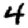
Digit: 4